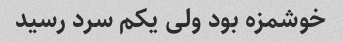
خوشمزه بود ولی یکم سرد رسید